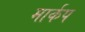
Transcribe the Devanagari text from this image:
मार्कप